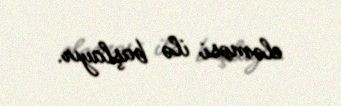
eləməsi ilə başlayır.